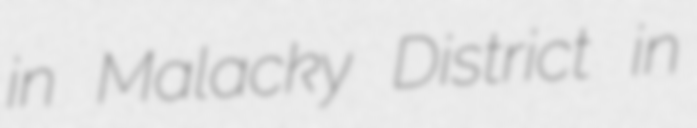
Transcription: in Malacky District in